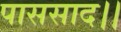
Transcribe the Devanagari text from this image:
पाससाद।।